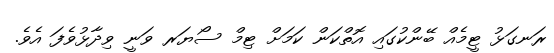
ރަނގަޅު ޓީމެއް ބޭންކުގައި އޮތްކަން ކަމަށް ޓިމް ސޯޔަރ ވަނީ ވިދާޅުވެފަ އެވެ.